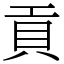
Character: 貢